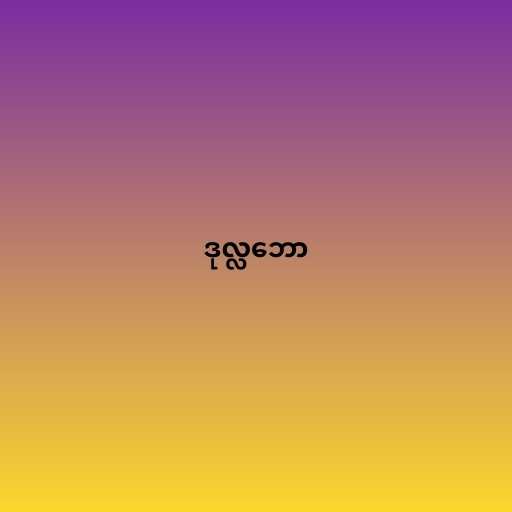
ဒုလ္လဘော